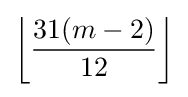
\left\lfloor {\frac {31(m-2)}{12}}\right\rfloor